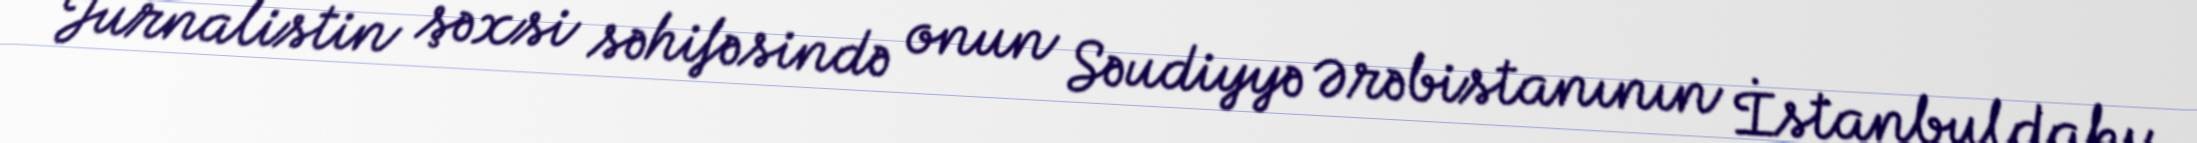
Jurnalistin şəxsi səhifəsində onun Səudiyyə Ərəbistanının İstanbuldakı